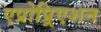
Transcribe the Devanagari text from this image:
एप्रोप्र्रिएशन